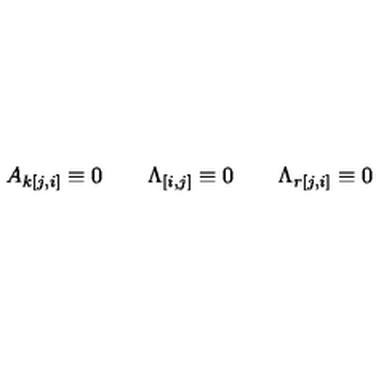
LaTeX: A _ { k [ j , i ] } \equiv 0 \qquad \Lambda _ { [ i , j ] } \equiv 0 \qquad \Lambda _ { r [ j , i ] } \equiv 0